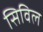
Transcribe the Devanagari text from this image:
सिविल